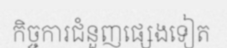
កិច្ចការជំនួញផ្សេងទៀត